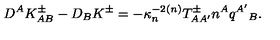
D ^ { A } K _ { A B } ^ { \pm } - D _ { B } K ^ { \pm } = - \kappa _ { n } ^ { - 2 } { } ^ { ( n ) } T _ { A A ^ { \prime } } ^ { \pm } n ^ { A } q ^ { A ^ { \prime } } { } _ { B } .